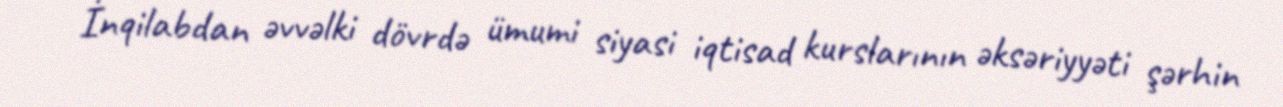
İnqilabdan əvvəlki dövrdə ümumi siyasi iqtisad kurslarının əksəriyyəti şərhin